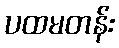
ပထမတန်း